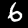
Label: 6